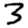
Digit: 3